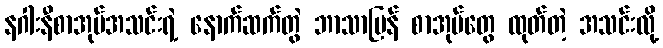
နဂါးနီစာအုပ်အသင်းရဲ့ နောက်ဆက်တွဲ ဘာသာပြန် စာအုပ်တွေ ထုတ်တဲ့ အသင်းလို့